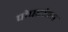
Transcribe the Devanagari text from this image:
पोपटांना